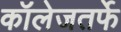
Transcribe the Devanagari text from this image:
कॉलेजतर्फे